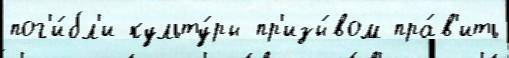
пог'и́бл'и культу́ры пр'изы́вом пра́в'ить